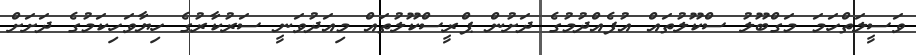
ވަސީލަތްހަމަ މަގްބޫލު ސްކޫލުތައް އުފެއްދުމުގެ ދަށުން ޕްރީސްކޫލުތައް މިއަދުވަނީ ސަރުކާރުގެ ހިޔާވަހިކަމުގެ ދަށަށް